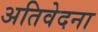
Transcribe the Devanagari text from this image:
अतिवेदना